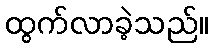
ထွက်လာခဲ့သည်။